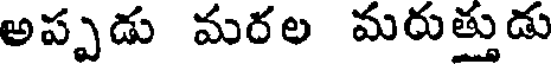
అప్పడు మరల మరుత్తుడు